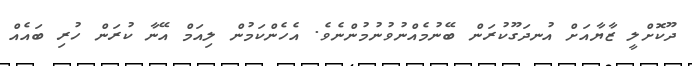
ދޫކޮށްލީ ޒާޔާއަށް އުނދަގޫކުރަން ބޭނުމެއްނުވުނުމުންނެވެ. އެހެންކަމުން ލިއަމް އޭނާ ކުރަން ހުރި ބައެއް